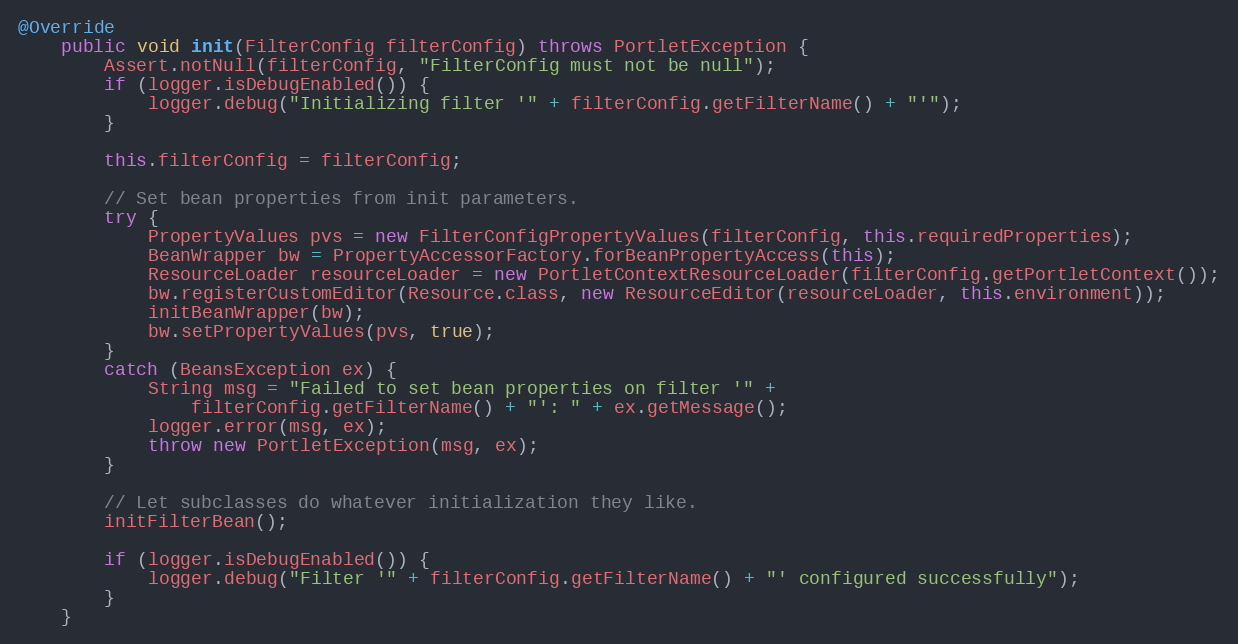
Language: Java
@Override
    public void init(FilterConfig filterConfig) throws PortletException {
        Assert.notNull(filterConfig, "FilterConfig must not be null");
        if (logger.isDebugEnabled()) {
            logger.debug("Initializing filter '" + filterConfig.getFilterName() + "'");
        }

        this.filterConfig = filterConfig;

        // Set bean properties from init parameters.
        try {
            PropertyValues pvs = new FilterConfigPropertyValues(filterConfig, this.requiredProperties);
            BeanWrapper bw = PropertyAccessorFactory.forBeanPropertyAccess(this);
            ResourceLoader resourceLoader = new PortletContextResourceLoader(filterConfig.getPortletContext());
            bw.registerCustomEditor(Resource.class, new ResourceEditor(resourceLoader, this.environment));
            initBeanWrapper(bw);
            bw.setPropertyValues(pvs, true);
        }
        catch (BeansException ex) {
            String msg = "Failed to set bean properties on filter '" +
                filterConfig.getFilterName() + "': " + ex.getMessage();
            logger.error(msg, ex);
            throw new PortletException(msg, ex);
        }

        // Let subclasses do whatever initialization they like.
        initFilterBean();

        if (logger.isDebugEnabled()) {
            logger.debug("Filter '" + filterConfig.getFilterName() + "' configured successfully");
        }
    }